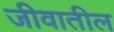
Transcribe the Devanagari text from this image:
जीवातील